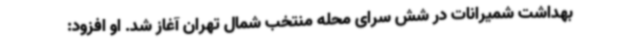
بهداشت شمیرانات در شش سرای محله منتخب شمال تهران آغاز شد. او افزود: